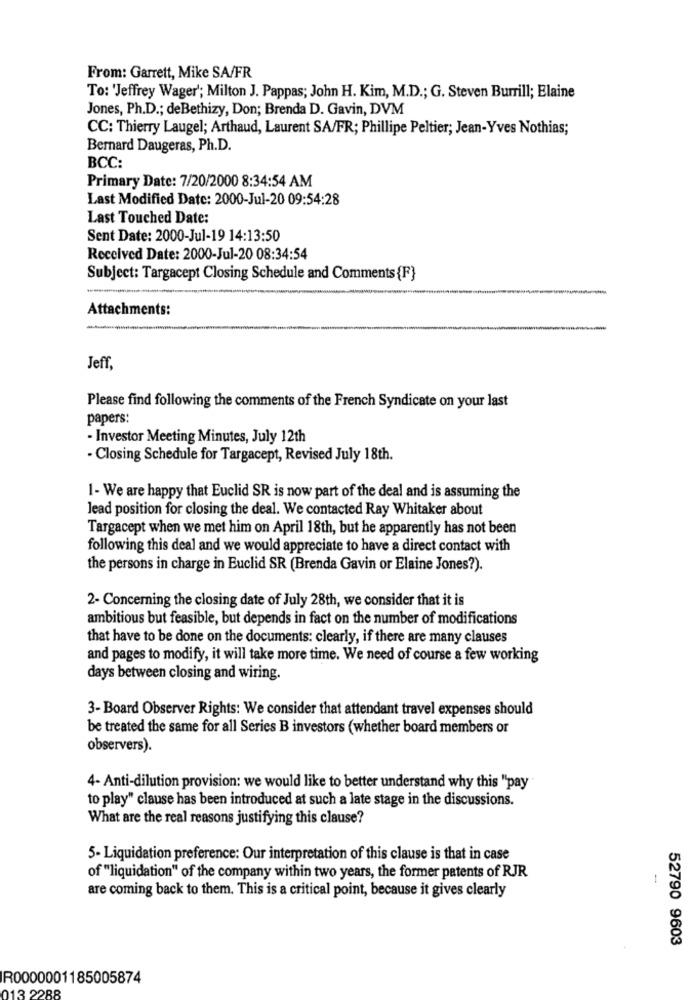
From: Garrett, Mike SA/FR
To: 'Jeffrey Wager'; Milton J. Pappas; John H. Kim, M.D .; G. Steven Burrill; Elaine
Jones, Ph.D .; deBethizy, Don; Brenda D. Gavin, DVM
CC: Thierry Laugel; Arthaud, Laurent SA/FR; Phillipe Peltier; Jean-Yves Nothias;
Bernard Daugeras, Ph.D.
BCC:
Primary Date: 7/20/2000 8:34:54 AM
Last Modified Date: 2000-Jul-20 09:54:28
Last Touched Date:
Sent Date: 2000-Jul-19 14:13:50
Received Date: 2000-Jul-20 08:34:54
Subject: Targacept Closing Schedule and Comments {F}
Attachments:
Jeff,
Please find following the comments of the French Syndicate on your last
papers:
- Investor Meeting Minutes, July 12th
- Closing Schedule for Targacept, Revised July 18th.
1- We are happy that Euclid SR is now part of the deal and is assuming the
lead position for closing the deal. We contacted Ray Whitaker about
Targacept when we met him on April 18th, but he apparently has not been
following this deal and we would appreciate to have a direct contact with
the persons in charge in Euclid SR (Brenda Gavin or Elaine Jones?).
2- Concerning the closing date of July 28th, we consider that it is
ambitious but feasible, but depends in fact on the number of modifications
that have to be done on the documents: clearly, if there are many clauses
and pages to modify, it will take more time. We need of course a few working
days between closing and wiring.
3-Board Observer Rights: We consider that attendant travel expenses should
be treated the same for all Series B investors (whether board members or
observers).
4- Anti-dilution provision: we would like to better understand why this "pay
to play" clause has been introduced at such a late stage in the discussions.
What are the real reasons justifying this clause?
5- Liquidation preference: Our interpretation of this clause is that in case
of "liquidation" of the company within two years, the former patents of RJR
-
are coming back to them. This is a critical point, because it gives clearly
52790 9603
R0000001185005874
013 2288